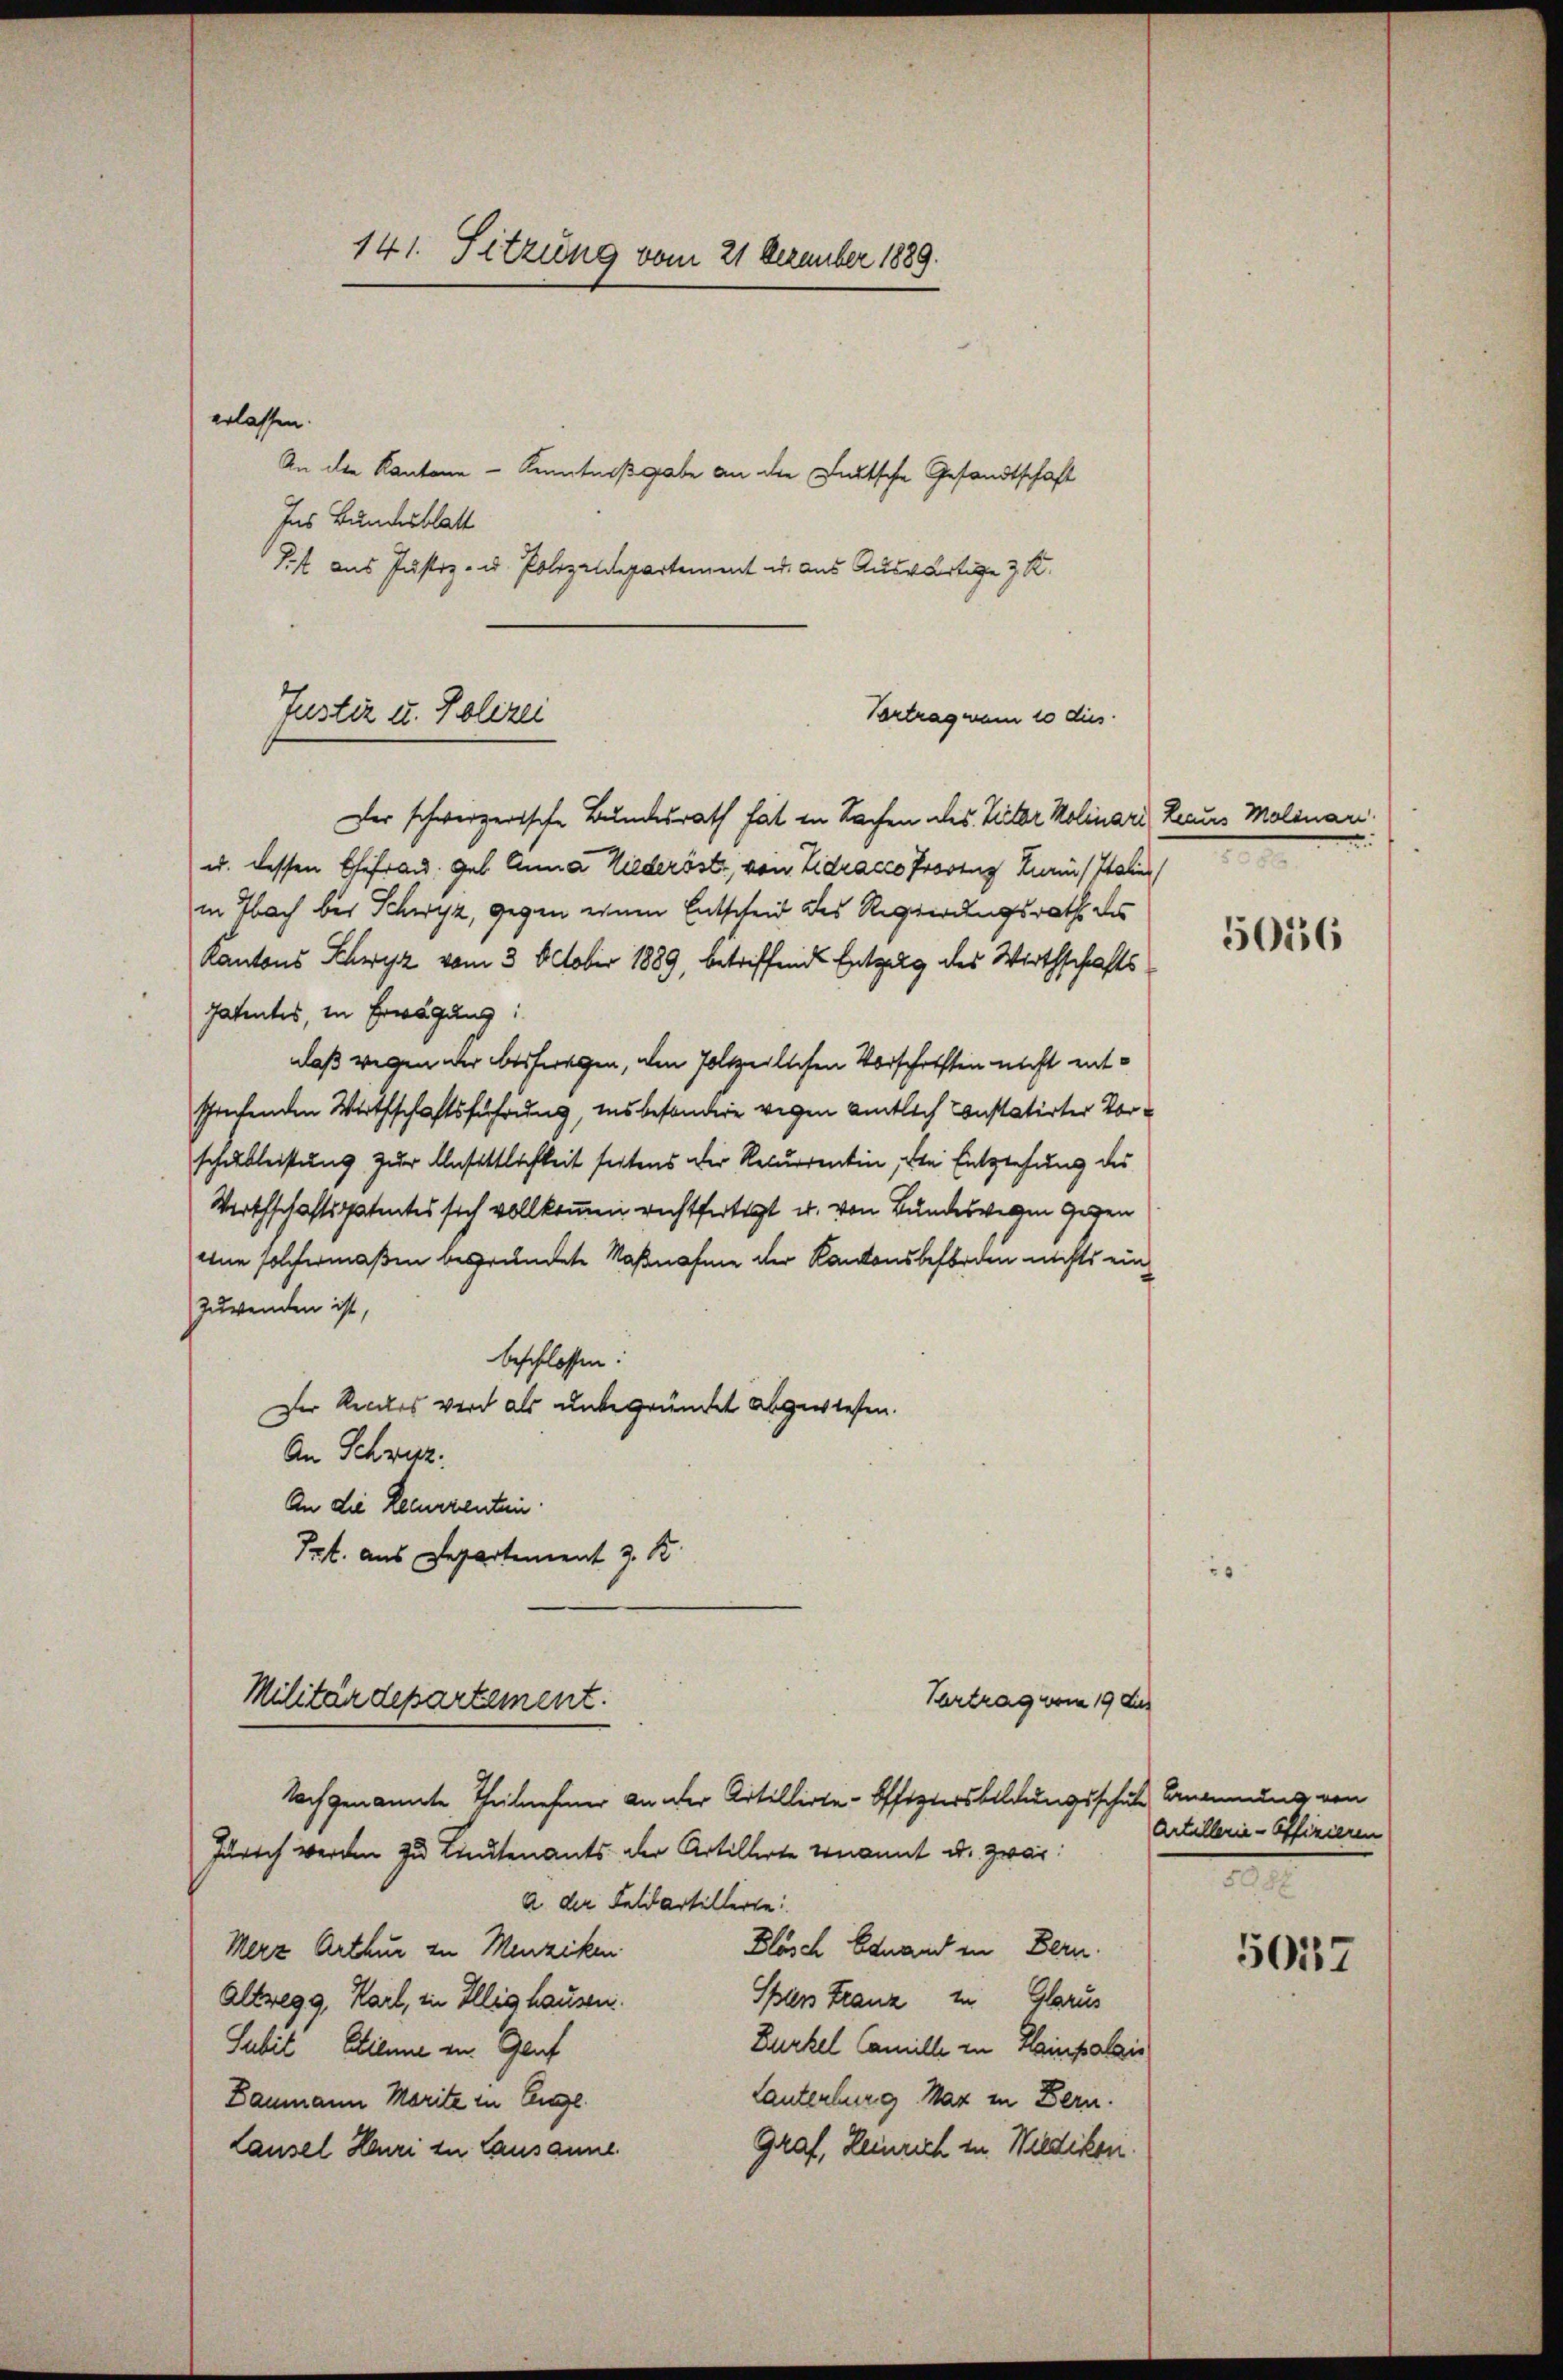
141. Sitzung vom 21 Dezember 1889.

erlassen.
An die Kantone — Kenntnißgabe an die Deutsche Gesandtschaft
Ins Bundesblatt
Sit aus Justiz- u. Polizeidepartement u. aus Auswärtige 3 St.
Vortrag wann 10 dies
Der schwerzerische Bundesrath hat in Sachen des Vater Molinari, Reaus Molinari
u. dessen Ehefrau. geb. Anna Wiederöste, von Eidracco Proving Kuri / Itali
in Nach bei Schwyz, gegen einen Entscheid des Regierungsrath des
Kantons Schwyz vom 3. October 1889, betriffende Entgelg des Wirthschafts
Patentes, in Erwägung:
daß wegen der besfragen, den Polizeilichen Vorschriften nicht entschrechenden Wirthschaftsführung, insbesondere wegen amtlich Constatirter Vorschubleistung zur Ansittlichkeit seitens der Recurrentin, die Entziehung des
Wirthschaftspatentes sich vollkommen rechtfertigt u. von Bundeswegen gegen
eine solchermaßen begründete Naßnahme der Kantonsbeförden nichts ein¬
Zuwenden ist,
beschlossen:
Der Reccles wird als unbegründet abgewiesen.
An Schwitz.
An die Recurrenten.
Spt. aus Departement z. B.

Justiz u. Polizei

Militärdepartement.

Vertrag vom 19 dies
Nach genannte Theilnehmer an der Artillirte-Offiziersbildungsschule Bennung von
Zürich werden zu Lieutenants der Artillerte ernannt u. zwar:
a. der Feldartellerte
Blösch Genand in Bern.
Merz Arthur zu Menziken
Splers Franz in Glarus
Altregg, Karl, in Illig hausen.
Burkel Camille in Hainpalais
Subić Etienne zu Gruf
Lanterbung Max in Bern.
Baumann Marite zu Eige
Graf, Heinrich in Wiedikon.
Lausel Heuri zu Lausanne.

5016

Artillerie-Offizieren
2

5057